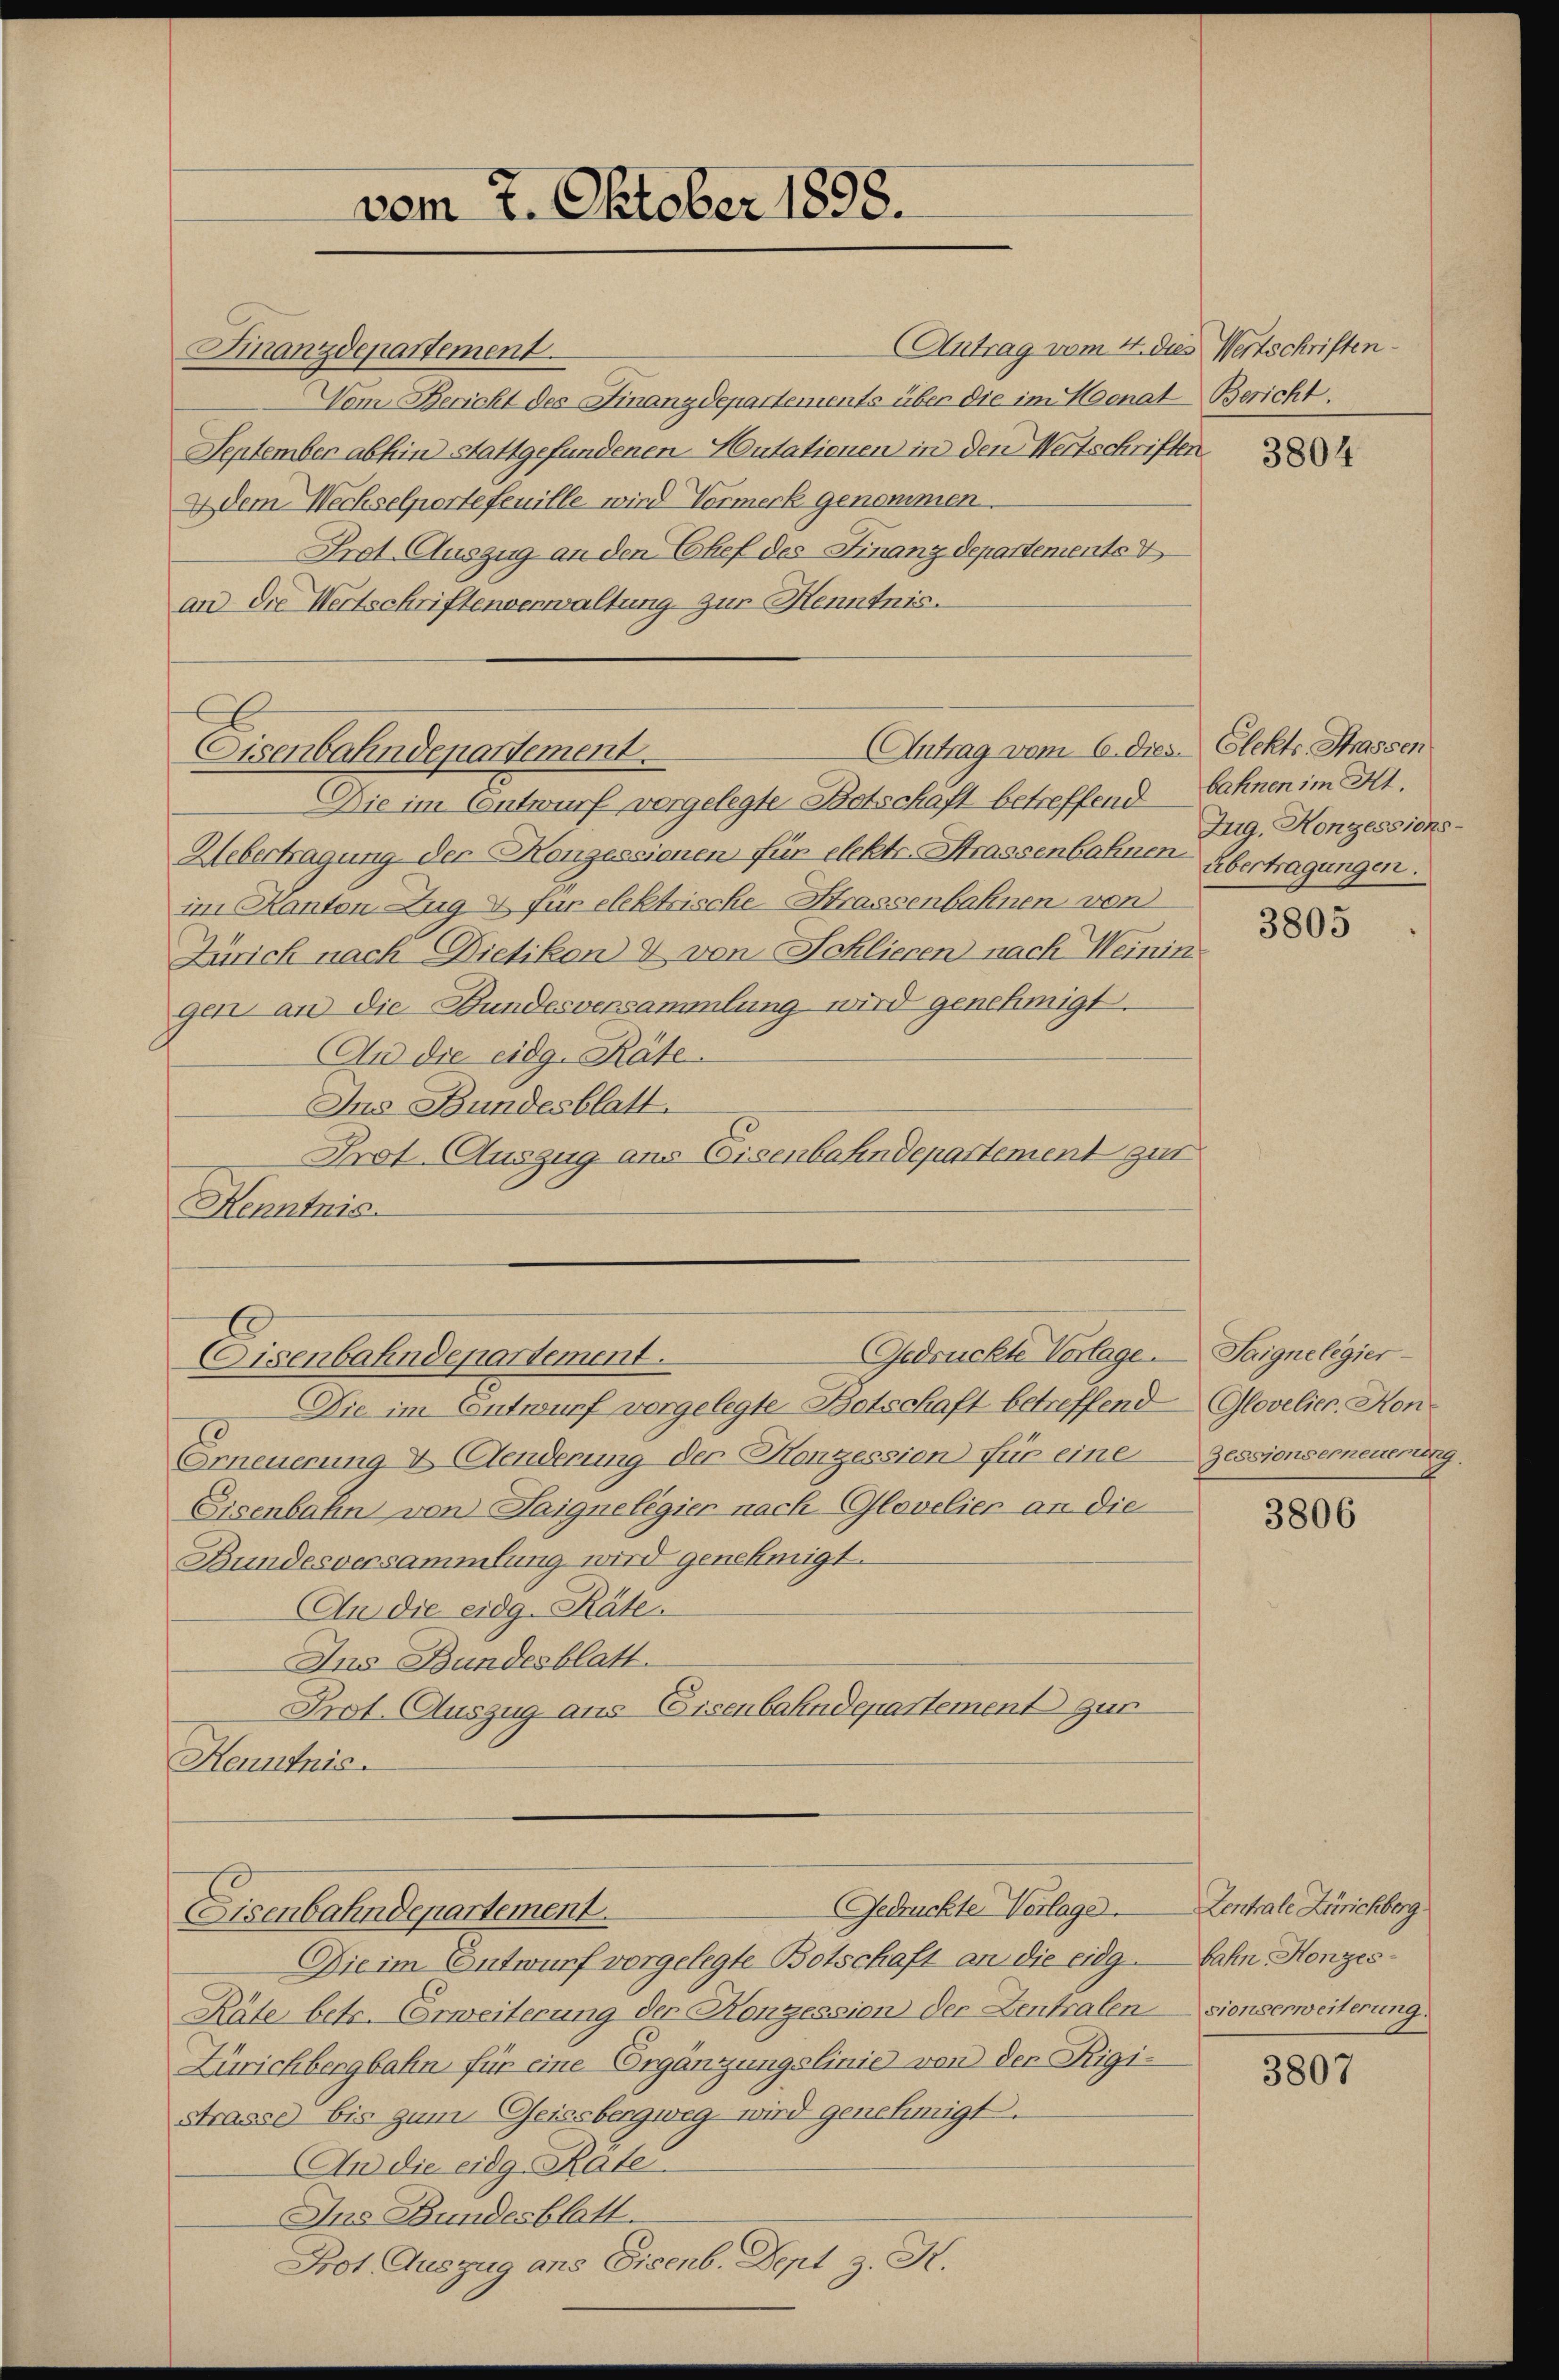
Antrag vom 4. dies Wertschriften.
Finanzdepartement.
Vom Bericht des Finanzdepartements über die im Hoonat Bericht.
September abhin stattgefundenen Autationen in den Wertschriften
dem Wechselportefeuille wird Vormerk genommen.
Prot. Auszug an den Chef des Finanzdepartemente V
an die Wertschriftenverwaltung zur Henntnis.

vom 7. Oktober 1858.

Antrag vom 6. dies. Elekts Strassen
Eisenbahndepartement.

Die im Entwurf vorgelegte Botschäft betreffend
Uebertragung der Konzessionen für elekte Strassenbahnen Übertragungen.
im Kanton Zug 4 für elektrische Strassenbahnen von
Zürich nach Dietikon & von Schlieren nach Weinin
gen an die Bundesversammlung wird genehmigt.
An die eidg. Räte
Ins Bundesblatt.
Prot. Auszug aus Eisenbahndepartement zur
Henntnis.

Gedrückte Vorlage. Saigne legier
Eisenbahndepartement.

Die im Entwurf vorgelegte Botschaft betreffend Glovelier. Hon¬
Erneuerung & Aenderung der Konzession für eine
Eisenbahn von Laignelegier nach Glavelier an die
Bundesversammlung wird genehmigt.
An die eidg. Räte.
Ins Bundesblatt.
Prot. Auszug aus Eisenbahndepartement zur
Henntnis.
Gedrückte Verlage.
Eisenbahndepartement.
Die im Entwurf vorgelegte Botschaft an die eidg
Räte betr. Erweiterung der Konzession der Zentralensionserweiterung.
Zürichbergbahn für eine Ergänzungslinie von der Rigi-
Strasse bis zum Geissbergweg wird genehmigt.
An die eidg. Räte.
Ins Bundesblatt.
Prot. Auszug ans Eisenb. Dept z. R.

bahnen im Kt.
Zug, Konzessions

3805

Zessionserneuerung

3806

Zentrale Zürichberg.
bahn Konzes¬

3807